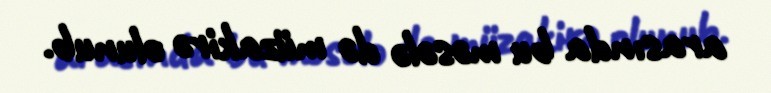
arasında bu məsələ də müzakirə olunub.